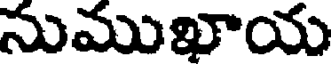
నుముఖాయ